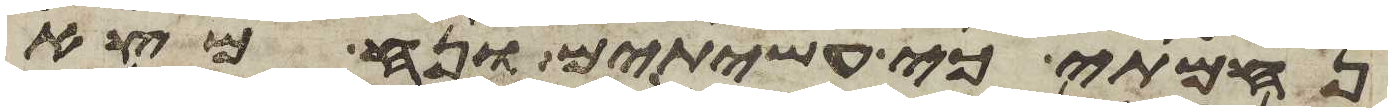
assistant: נחמתי כי עשיתים ונח מצא